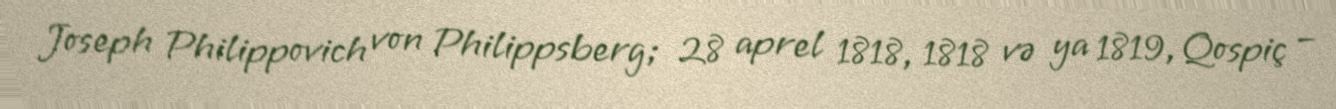
Joseph Philippovich von Philippsberg; 28 aprel 1818, 1818 və ya 1819, Qospiç –